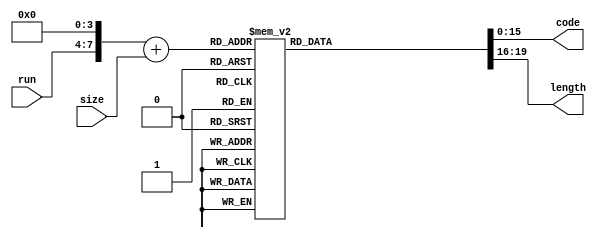
`timescale 1ns/10ps

module cactable(//input
                  run,size,
                  
                //output
                  code,length);
input [3:0] run;
input [3:0] size;

output [15:0] code;
output [3:0]  length;

wire [7:0] ptr={run,4'b0}+{4'b0,size};
reg [15:0] code;
reg [3:0] length;

   always @(ptr)
      begin
       case(ptr) 
          //---------- code =0 --------------- 
          0 : begin//EOB 
                   code =16'b0000000000000000;
                   length =4'b0010;
              end     
          1 : begin
                   code =16'b0100000000000000;
                   length =4'b0010;
              end     
          2 : begin
                   code =16'b1000000000000000;
                   length =4'b0011;
              end     
          3 : begin
                   code =16'b1010000000000000;
                   length =4'b0100;
              end     
          4 : begin
                   code =16'b1100000000000000;
                   length =4'b0101;
              end     
          5 : begin
                   code =16'b1100100000000000;
                   length =4'b0101;
              end     
          6 : begin
                   code =16'b1110000000000000;
                   length =4'b0110; 
              end     
          7 : begin
                   code =16'b1111000000000000;
                   length =4'b0111;
              end     
          8 : begin
                   code =16'b1111101000000000;
                   length =4'b1001;
              end     
          9 : begin
                   code =16'b1111110110000000;
                   length =4'b1010;
               end    
          10 : begin
                   code =16'b1111111101000000;
                   length =4'b1100; 
               end    
          //---------- code =1 -----------------
          17 : begin
                   code =16'b1011000000000000;
                   length =4'b0100;
               end    
          18 : begin
                   code =16'b1110010000000000;
                   length =4'b0110;
               end    
          19 : begin
                   code =16'b1111011000000000;
                   length =4'b1000;
               end    
          20 : begin
                   code =16'b1111101010000000;
                   length =4'b1001;
               end    
          21 : begin
                   code =16'b1111111011000000;
                   length =4'b1011;
               end     
          22 : begin
                   code =16'b1111111101010000;
                   length =4'b1100;
               end    
          23 : begin
                   code =16'b1111111110001000;
                   length =4'b0000;      
               end    
          24 : begin
                   code =16'b1111111110001001;
                   length =4'b0000;
               end    
          25 : begin
                   code =16'b1111111110001010;
                   length =4'b0000;
               end     
          26 : begin
                   code =16'b1111111110001011;
                   length =4'b0000;
               end
          //----------- code =2 -----------------
          33 : begin
                   code =16'b1101000000000000;
                   length =4'b0101;
               end    
          34 : begin
                   code =16'b1111011100000000;
                   length =4'b1000;
               end    
          35 : begin
                   code =16'b1111110111000000;
                   length =4'b1010;
               end    
          36 : begin
                   code =16'b1111111101100000;
                   length =4'b1100;
               end    
          37 : begin
                   code =16'b1111111110000100;
                   length =4'b1111;
               end    
          38 : begin
                   code =16'b1111111110001100;
                   length =4'b0000;
               end    
          39 : begin
                   code =16'b1111111110001101;
                   length =4'b0000;
               end    
          40 : begin
                   code =16'b1111111110001110;
                   length =4'b0000;
               end   
          41 : begin
                   code =16'b1111111110001111;
                   length =4'b0000;
               end    
          42 : begin
                   code =16'b1111111110010000;
                   length =4'b0000;
               end
          //--------- code=16'b 3 -------------   
          49 : begin
                   code =16'b1101100000000000;
                   length =4'b0101;
               end    
          50 : begin
                   code =16'b1111100000000000;
                   length =4'b1000;
               end    
          51 : begin
                   code =16'b1111111000000000;
                   length =4'b1010;
               end    
          52 : begin
                   code =16'b1111111101110000;
                   length =4'b1100;
               end    
          53 : begin
                   code =16'b1111111110010001;
                   length =4'b0000;
               end    
          54 : begin
                   code =16'b1111111110010010;
                   length =4'b0000;
               end    
          55 : begin
                   code =16'b1111111110010011;
                   length =4'b0000;
               end    
          56 : begin
                   code =16'b1111111110010100;
                   length =4'b0000;
               end    
          57 : begin
                   code =16'b1111111110010101;
                   length =4'b0000;
               end    
          58 : begin
                   code =16'b1111111110010110;
                   length =4'b0000;
               end   
          //--------- code=16'b 4 ------------- 
          65 : begin
                   code =16'b1110100000000000;
                   length =4'b0110;
               end    
          66 : begin
                   code =16'b1111101100000000;
                   length =4'b1001;
               end    
          67 : begin
                   code =16'b1111111110010111;
                   length =4'b0000;
               end    
          68 : begin
                   code =16'b1111111110011000;
                   length =4'b0000;
               end   
          69 : begin
                   code =16'b1111111110011001;
                   length =4'b0000;
               end    
          70 : begin
                   code =16'b1111111110011010;
                   length =4'b0000;
               end    
          71 : begin
                   code =16'b1111111110011011;
                   length =4'b0000;
               end    
          72 : begin
                   code =16'b1111111110011100;
                   length =4'b0000;
               end    
          73 : begin
                   code =16'b1111111110011101;
                   length =4'b0000;
               end    
          74 : begin
                   code =16'b1111111110011110;
                   length =4'b0000;
               end 
          //--------- code=16'b 5 -------------   
          81 : begin
                   code =16'b1110110000000000;
                   length =4'b0110;
               end    
          82 : begin
                   code =16'b1111111001000000;
                   length =4'b1010;
               end    
          83 : begin
                   code =16'b1111111110011111;
                   length =4'b0000;
               end    
          84 : begin
                   code =16'b1111111110100000;
                   length =4'b0000;
               end    
          85 : begin
                   code =16'b1111111110100001;
                   length =4'b0000;
               end    
          86 : begin
                   code =16'b1111111110100010;
                   length =4'b0000;
               end    
          87 : begin
                   code =16'b1111111110100011;
                   length =4'b0000;
               end    
          88 : begin
                   code =16'b1111111110100100;
                   length =4'b0000;
               end    
          89 : begin
                   code =16'b1111111110100101;
                   length =4'b0000;
               end    
          90 : begin
                   code =16'b1111111110100110;
                   length =4'b0000;
               end 
          //--------- code=16'b 6 -------------   
          97 : begin
                   code =16'b1111001000000000;
                   length =4'b0111;
               end    
          98 : begin
                   code =16'b1111111011100000;
                   length =4'b1011;
               end    
          99 : begin
                   code =16'b1111111110100111;
                   length =4'b0000;
               end    
          100 : begin
                   code =16'b1111111110101000;
                   length =4'b0000;
               end    
          101 : begin
                   code =16'b1111111110101001;
                   length =4'b0000;
                end   
          102 : begin
                   code =16'b1111111110101010;
                   length =4'b0000;
                end   
          103 : begin
                   code =16'b1111111110101011;
                   length =4'b0000; 
                end   
          104 : begin
                   code =16'b1111111110101100;
                   length =4'b0000;
                end   
          105 : begin
                   code =16'b1111111110101101;
                   length =4'b0000;
                end   
          106 : begin
                   code =16'b1111111110101110;
                   length =4'b0000;
                end  
          //--------- code=16'b 7 -------------
          113 : begin
                    code =16'b1111010000000000;
                    length =4'b0111;
                end    
          114 : begin
                    code =16'b1111111100000000;
                    length =4'b1011;
                end    
          115 : begin
                    code =16'b1111111110101111;
                    length =4'b0000;
                end   
          116 : begin
                    code =16'b1111111110110000;
                    length =4'b0000;
                end  
          117 : begin
                    code =16'b1111111110110001;
                    length =4'b0000;
                end    
          118 : begin
                    code =16'b1111111110110010;
                    length =4'b0000;
                end    
          119 : begin
                    code =16'b1111111110110011;
                    length =4'b0000;
                end    
          120 : begin
                    code =16'b1111111110110100;
                    length =4'b0000;
                end    
          121 : begin
                    code =16'b1111111110110101;
                    length =4'b0000;
                end    
          122 : begin
                    code =16'b1111111110110110;
                    length =4'b0000;
                end  
          //--------- code=16'b 8 -------------  
          129 : begin
                    code =16'b1111100100000000;
                    length =4'b1000;
                end    
          130 : begin
                    code =16'b1111111110110111;
                    length =4'b0000;
                end   
          131 : begin
                    code =16'b1111111110111000;
                    length =4'b0000;
                end    
          132 : begin
                    code =16'b1111111110111001;
                    length =4'b0000;
                end    
          133 : begin
                    code =16'b1111111110111010;
                    length =4'b0000;
                end    
          134 : begin
                    code =16'b1111111110111011;
                    length =4'b0000;
                end    
          135 : begin
                    code =16'b1111111110111100;
                    length =4'b0000;
                end    
          136 : begin
                   code =16'b1111111110111101;
                   length =4'b0000;
                end   
          137 : begin
                   code =16'b1111111110111110;
                   length =4'b0000;
                end   
          138 : begin
                   code =16'b1111111110111111;
                   length =4'b0000;
                end 
          //--------- code=16'b 9 ------------- 
          145 : begin
                   code =16'b1111101110000000;
                   length =4'b1001;
                end   
          146 : begin
                    code =16'b1111111111000000;
                    length =4'b0000;
                end    
          147 : begin
                    code =16'b1111111111000001;
                    length =4'b0000;
                end    
          148 : begin
                    code =16'b1111111111000010;
                    length =4'b0000;
                end    
          149 : begin
                    code =16'b1111111111000011;
                    length =4'b0000;
                end    
          150 : begin
                    code =16'b1111111111000100;
                    length =4'b0000;
                end    
          151 : begin
                    code =16'b1111111111000101;
                    length =4'b0000;
                end    
          152 : begin
                    code =16'b1111111111000110;
                    length =4'b0000;
                end    
          153 : begin
                    code =16'b1111111111000111;
                    length =4'b0000;
                end    
          154 : begin
                    code =16'b1111111111001000;
                    length =4'b0000;
                end
          //--------- code=16'b 10 -------------    
          161 : begin
                    code =16'b1111110000000000;
                    length =4'b1001;
                end    
          162 : begin
                    code =16'b1111111111001001;
                    length =4'b0000;
                end    
          163 : begin
                    code =16'b1111111111001010;
                    length =4'b0000;
                end    
          164 : begin
                    code =16'b1111111111001011;
                    length =4'b0000;
                end    
          165 : begin
                    code =16'b1111111111001100;
                    length =4'b0000;
                end   
          166 : begin
                    code =16'b1111111111001101;
                    length =4'b0000;
                end    
          167 : begin
                    code =16'b1111111111001110;
                    length =4'b0000;
                end    
          168 : begin
                    code =16'b1111111111001111;
                    length =4'b0000;
                end    
          169 : begin
                    code =16'b1111111111010000;
                    length =4'b0000;
                end    
          170 : begin
                    code =16'b1111111111010001;
                    length =4'b0000;
                end 
          //--------- code=16'b 11 -------------   
          177 : begin
                    code =16'b1111110010000000;
                    length =4'b1001;
                end    
          178 : begin
                    code =16'b1111111111010010;
                    length =4'b0000;
                end    
          179 : begin
                    code =16'b1111111111010011;
                    length =4'b0000;
                end    
          180 : begin
                    code =16'b1111111111010100;
                    length =4'b0000;
                end    
          181 : begin
                    code =16'b1111111111010101;
                    length =4'b0000;
                end    
          182 : begin
                    code =16'b1111111111010110;
                    length =4'b0000;
                end    
          183 : begin
                    code =16'b1111111111010111;
                    length =4'b0000;
                end    
          184 : begin
                    code =16'b1111111111011000;
                    length =4'b0000;
                end    
          185 : begin
                    code =16'b1111111111011001;
                    length =4'b0000;
                end    
          186 : begin
                    code =16'b1111111111011010;
                    length =4'b0000;
                end 
          //--------- code=16'b 12 -------------   
          193 : begin
                    code =16'b1111110100000000;
                    length =4'b1001;
                end    
          194 : begin
                    code =16'b1111111111011011;
                    length =4'b0000;
                end    
          195 : begin
                    code =16'b1111111111011100;
                    length =4'b0000;
                end     
          196 : begin
                    code =16'b1111111111011101;
                    length =4'b0000;
                end    
          197 : begin
                    code =16'b1111111111011110;
                    length =4'b0000;
                end    
          198 : begin
                    code =16'b1111111111011111;
                    length =4'b0000;
                end    
          199 : begin
                    code =16'b1111111111100000;
                    length =4'b0000;
                end    
          200 : begin
                    code =16'b1111111111100001;
                    length =4'b0000;
                end    
          201 : begin
                    code =16'b1111111111100010;
                    length =4'b0000;
                end                     
          202 : begin
                    code =16'b1111111111100011;
                    length =4'b0000;
                end 
          //----------- code=16'b 13 ---------------   
          209 : begin
                    code =16'b1111111100100000;
                    length =4'b1011;
                end    
          210 : begin
                    code =16'b1111111111100100;
                    length =4'b0000;
                end    
          211 : begin
                    code =16'b1111111111100101;
                    length =4'b0000;
                end    
          212 : begin
                    code =16'b1111111111100110;
                    length =4'b0000;
                end    
          213 : begin
                    code =16'b1111111111100111;
                    length =4'b0000;
                end    
          214 : begin
                    code =16'b1111111111101000;
                    length =4'b0000;
                end    
          215 : begin
                    code =16'b1111111111101001;
                    length =4'b0000;
                end    
          216 : begin
                    code =16'b1111111111101010;
                    length =4'b0000;
                end    
          217 : begin
                   code =16'b1111111111101011;
                   length =4'b0000;
                end   
          218 : begin
                   code =16'b1111111111101100;
                   length =4'b0000;
                end
          //--------- code=16'b 14 -------------    
          225 : begin
                    code =16'b1111111110000000;
                    length =4'b1110;
                end    
          226 : begin
                    code =16'b1111111111101101;
                    length =4'b0000;
                end    
          227 : begin
                    code =16'b1111111111101110;
                    length =4'b0000;
                end    
          228 : begin
                    code =16'b1111111111101111;
                    length =4'b0000;
                end     
          229 : begin
                    code =16'b1111111111110000;
                    length =4'b0000;
                end    
          230 : begin
                    code =16'b1111111111110001;
                    length =4'b0000;
                end    
          231 : begin
                    code =16'b1111111111110010;
                    length =4'b0000;
                end    
          232 : begin
                    code =16'b1111111111110011;
                    length =4'b0000;
                end    
          233 : begin
                   code =16'b1111111111110100;
                   length =4'b0000;
                end   
          234 : begin
                   code =16'b1111111111110101;
                   length =4'b0000;
                end  
           //--------- code =16'b 15 ---------- 
          240 : begin
                    code =16'b1111111010000000;
                    length =4'b1010;
                end    
          241 : begin
                    code =16'b1111111110000110;
                    length =4'b1111;
                end    
          242 : begin
                    code =16'b1111111111110110;
                    length =4'b0000;
                end     
          243 : begin
                    code =16'b1111111111110111;
                    length =4'b0000;
                end    
          244 : begin
                    code =16'b1111111111111000;
                    length =4'b0000;
                end    
          245 : begin
                    code =16'b1111111111111001;
                    length =4'b0000;
                end    
          246 : begin
                    code =16'b1111111111111010;
                    length =4'b0000;
                end    
          247 : begin
                    code =16'b1111111111111011;
                    length =4'b0000;
                end    
          248 : begin
                    code =16'b1111111111111100;
                    length =4'b0000;
                end    
          249 : begin
                    code =16'b1111111111111101;
                    length =4'b0000;
                end    
          250 : begin
                    code =16'b1111111111111110;
                    length =4'b0000;
                end    
 
         default: begin
                    code = 16'b1111_1111_1111_1111;
                    length=4'b1111;
                  end       
            
       endcase
      end  
endmodule